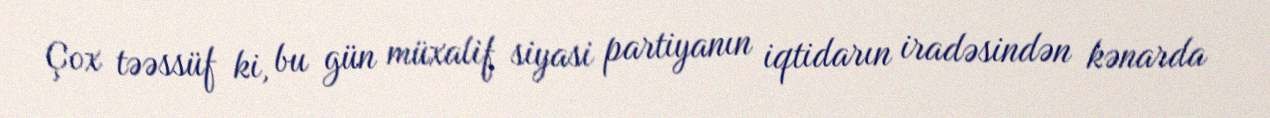
Çox təəssüf ki, bu gün müxalif siyasi partiyanın iqtidarın iradəsindən kənarda